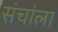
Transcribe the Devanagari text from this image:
संचांला